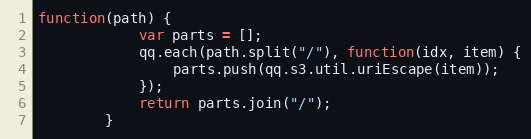
Language: JavaScript
function(path) {
            var parts = [];
            qq.each(path.split("/"), function(idx, item) {
                parts.push(qq.s3.util.uriEscape(item));
            });
            return parts.join("/");
        }